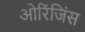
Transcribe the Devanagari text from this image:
ओरिंजिंस